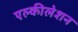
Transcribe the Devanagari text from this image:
एल्कीलेशन